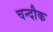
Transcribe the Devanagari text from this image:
चन्दौक